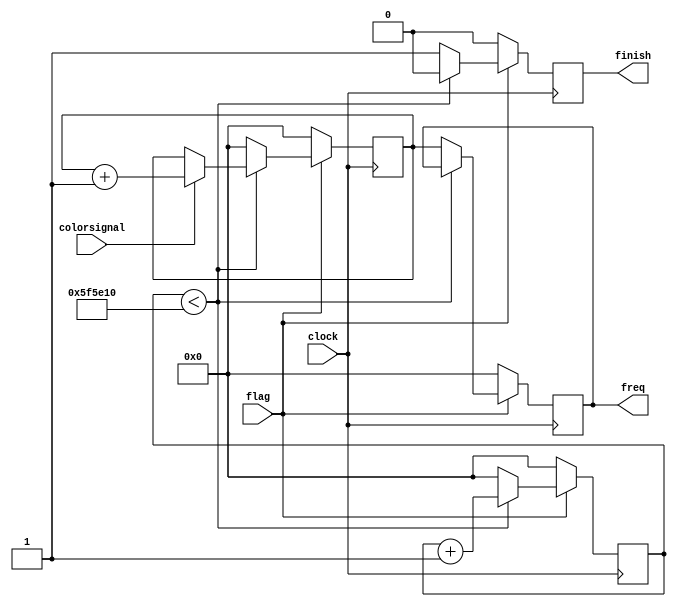
`timescale 1ns / 1ps
//////////////////////////////////////////////////////////////////////////////////
// Company: 
// Engineer: 
// 
// Design Name: 
// Module Name: frequency
// Project Name: 
// Target Devices: 
// Tool Versions: 
// Description: 
// 
// Dependencies: 
// 
// Revision:
// Revision 0.01 - File Created
// Additional Comments:
// 
//////////////////////////////////////////////////////////////////////////////////


module frequency(
     // The inputs are...
     input clock,          // 100 MHz clock signal from the Basys3 oscillator
     input flag,       // Enable bit to turn this module ON from another module //basically flag
     input colorsignal, // The signal we're counting the frequency of //IN for Rice's source
     // The outputs are...
     output reg [32:0] freq = 33'b0,    // The frequency we found for the input signal
     output reg finish = 0 // Done flag so that we can tell that this module has finished counting the frequency of the signal

          
      ); 
     reg[32:0] positive_count = 33'b0;
     reg [32:0] pos_neg_count = 33'b0;
     reg last_state = 0; //last

     // 100 million / 16 = 6250k
     localparam max = 'd6250000;

     // Flip-flop stores last value in register. We'll be using this to detect
     // the positive edges of the incoming signal
     always @(posedge clock)
          last_state <= colorsignal;

     always @ (posedge clock)
     begin
     finish = 0;
          if(~flag) begin //when the frequency sub module is not called, make everything ZERO       
               freq = 0;
               pos_neg_count= 0;
               positive_count= 0;
               finish= 0;
          end
          else begin
               if (positive_count< max)
               begin
                    positive_count <= positive_count + 1;
                    if(~finish & colorsignal)
                         pos_neg_count <= pos_neg_count + 1;
               end
               else begin
                    
                    freq = 0;
                   
                    freq = pos_neg_count;
                   
                    pos_neg_count = 0;
                  
                    positive_count= 0;
                    
                    finish = 1;
               end
               end
               end
endmodule